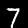
Digit: 7